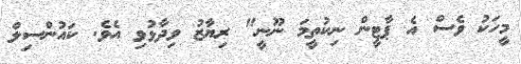
މީހަކު ވެސް އެ ޕާޓީން ނިކުތީމަ ނޫނީ" ރިޔާޒު ވިދާޅުވި އެވެ. ކައުންސިލް